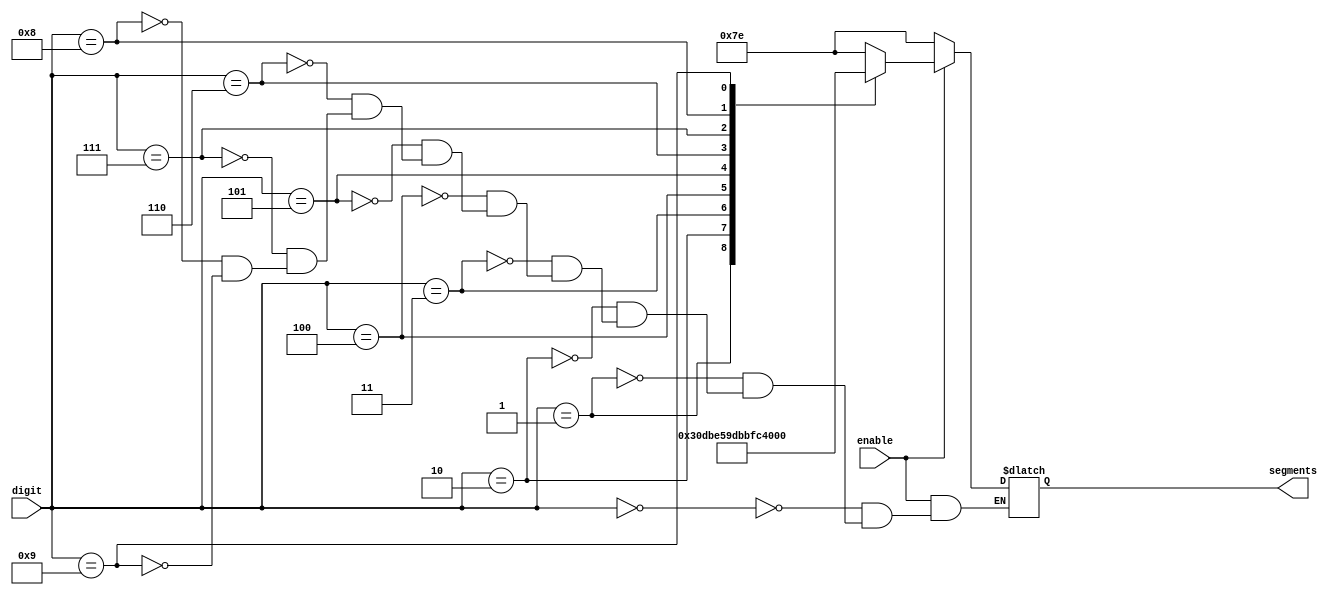
module bin_to_segments(segments, digit, enable);

    input enable;
    input [3:0] digit;
    output reg [6:0] segments;

    parameter   CERO = 7'b1111110, UNO = 7'b0110000, DOS = 7'b1101101, TRES = 7'b1111001, CUATRO = 7'b0110011, 
                CINCO = 7'b1011011, SEIS = 7'b1011111, SIETE = 7'b1110000, OCHO = 7'b1111111, NUEVE = 7'b1111011;

    always @ (*)
    begin
        if(enable == 1)
        begin
            case(digit)
                4'b0000: segments <= CERO;
                4'b0001: segments <= UNO;
                4'b0010: segments <= DOS;
                4'b0011: segments <= TRES;
                4'b0100: segments <= CUATRO;
                4'b0101: segments <= CINCO;
                4'b0110: segments <= SEIS;
                4'b0111: segments <= SIETE;
                4'b1000: segments <= OCHO;
                4'b1001: segments <= NUEVE;
            endcase
        end
        else segments <= CERO;
    end

endmodule